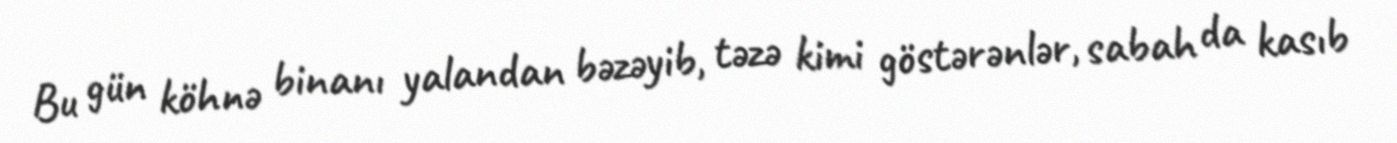
Bu gün köhnə binanı yalandan bəzəyib, təzə kimi göstərənlər, sabah da kasıb